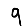
Digit: 9